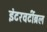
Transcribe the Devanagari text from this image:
इंटरवर्टीब्रल